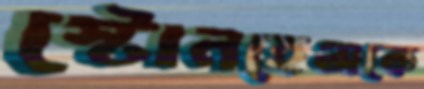
স্টোনহেঞ্জকে